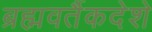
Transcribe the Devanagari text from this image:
ब्रह्मवर्तैकदेशे